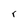
Character: r